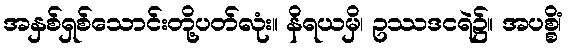
အနှစ်ရှစ်သောင်းတို့ပတ်လုံး။ နိရယမှိ၊ ဥဿဒငရဲ၌။ အပစ္စိံ၊